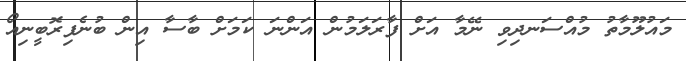
މައުލޫމާތު މުއްސަނދިވި ނޭމާ އަށް ފާރަލަމުން އަންނަ ކަމަށް ބާސާ އިން ބުނެފިރޮބީނިއޯ